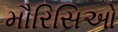
મૌરિસિઓ